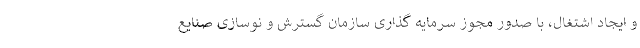
و ایجاد اشتغال، با صدور مجوز سرمایه گذاری سازمان گسترش و نوسازی صنایع